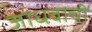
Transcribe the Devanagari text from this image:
जाधवाची